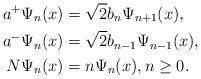
LaTeX: \begin{align*}a^+\Psi_{n}(x)&=\sqrt{2}b_n\Psi_{n+1}(x),\\a^-\Psi_{n}(x)&=\sqrt{2}b_{n-1}\Psi_{n-1}(x),\\N\Psi_{n}(x)&=n\Psi_{n}(x),n\geq0.\end{align*}